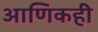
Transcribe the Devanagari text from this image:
आणिकही